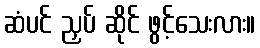
ဆံပင် ညှပ် ဆိုင် ဖွင့်သေးလား။